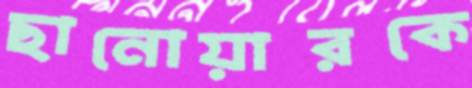
ছানোয়ারকে